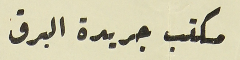
مكتب جريدة البرق